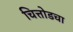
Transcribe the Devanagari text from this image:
चित्तोडचा